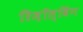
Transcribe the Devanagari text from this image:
रिज़ॉल्विंग